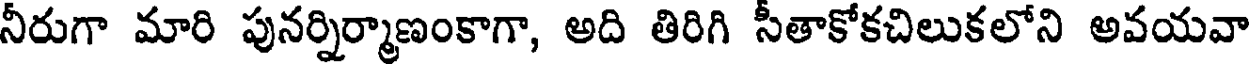
నీరుగా మారి పునర్నిర్మాణంకాగా, అది తిరిగి సీతాకోకచిలుకలోని అవయవా